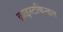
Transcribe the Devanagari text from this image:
क्राइस्टकिन्डल